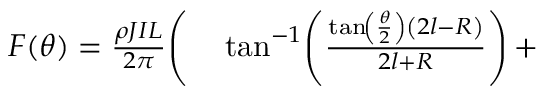
\begin{array} { r l } { F ( \theta ) = \frac { \rho J I L } { 2 \pi } \Bigg ( } & { { } \tan ^ { - 1 } \! \left( \frac { \tan \! \left( \frac { \theta } { 2 } \right) \left( 2 l - R \right) } { 2 l + R } \right) + } \end{array}